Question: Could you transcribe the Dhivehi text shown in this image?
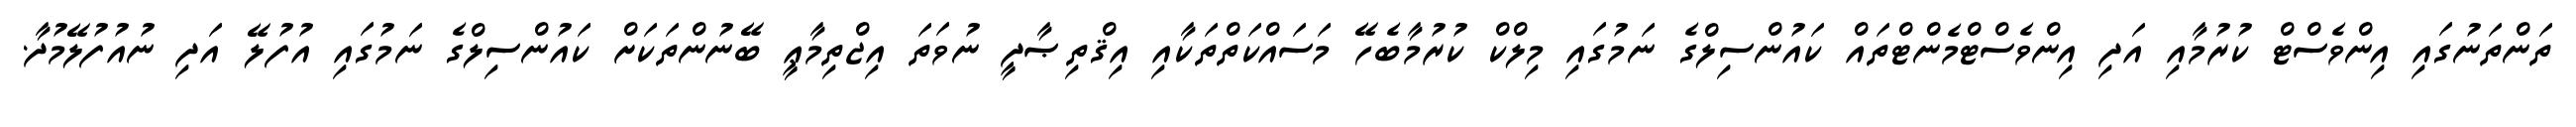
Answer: ތަންތަނުގައި އިންވެސްޓް ކުރުމާއި އަދި އިންވެސްޓްމެންޓްތައް ކައުންސިލްގެ ނަމުގައި މިލްކް ކުރުމާބެހޭ މަސައްކަތްތަކާއި އިޤްތިޞާދީ ނުވަތަ އިޖްތިމާޢީ ބޭނުންތަކަށް ކައުންސިލްގެ ނަމުގައި އުފުލޭ އަދި ނުއުފުލޭމުދާ.